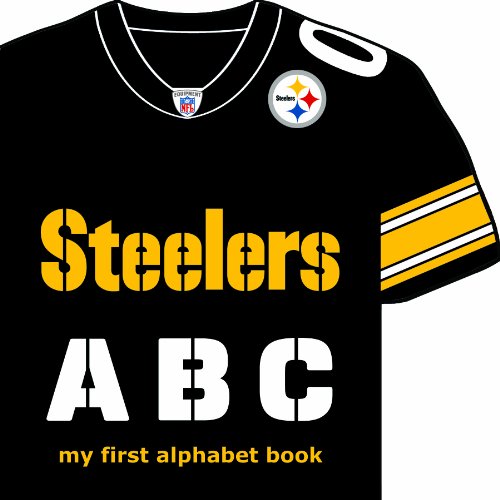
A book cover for Pittsburgh Steelers ABC: My First Alphabet Book (My First Alphabet Books (Michaelson Entertainment)); Brad M. Epstein; Children's Books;